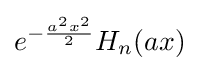
e^{-{\frac {a^{2}x^{2}}{2}}}H_{n}(ax)